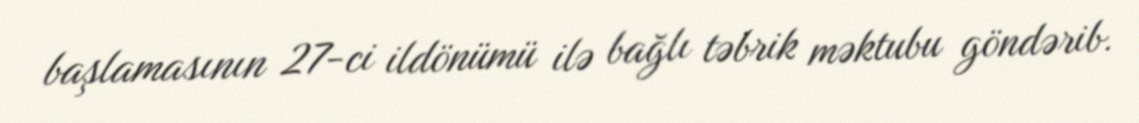
başlamasının 27-ci ildönümü ilə bağlı təbrik məktubu göndərib.